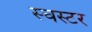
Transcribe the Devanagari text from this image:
स्चस्टर